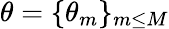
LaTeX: \theta=\{ \theta_{m}\} _{m\leq M}